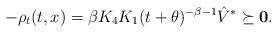
LaTeX: \begin{align*}-\rho_t(t,x)=\beta K_4K_1(t+\theta)^{-\beta-1}\hat V^*\succeq {\bf 0}.\end{align*}